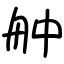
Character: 舯